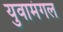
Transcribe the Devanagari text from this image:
युवामंगल